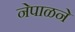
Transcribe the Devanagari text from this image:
नेपाळने